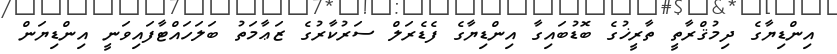
އިންޑިޔާގެ ދިމުޤްރާތީ ތާރީޚުގެ ބޮޑުބައިގާ އިންޑިޔާގެ ފެޑެރަލް ސަރުކާރުގެ ޒަޢާމަތު ބަލަހައްޓާފައިވަނީ އިންޑިޔަން